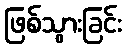
ဖြစ်သွားခြင်း